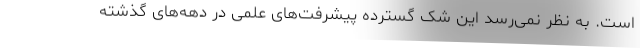
است. به نظر نمی‌رسد این شک گسترده پیشرفت‌های علمی در دهه‌های گذشته